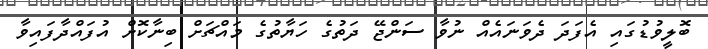
ބޮލީވުޑުގައި އެފަދަ ދެވަނައެއް ނުވާ ސަންޖޭ ދަތުގެ ހަޔާތުގެ މައްޗަށް ބިނާކޮށް އުފައްދާފައިވާ